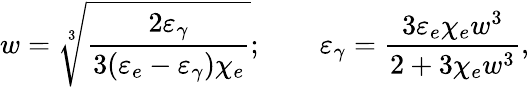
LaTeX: w=\sqrt[3]{\frac{2\varepsilon_{\gamma}}{3(\varepsilon_{e}-\varepsilon_{\gamma})\chi_{e}}};\qquad\varepsilon_{\gamma}=\frac{3\varepsilon_{e}\chi_{e}w^{3}}{2+3\chi_{e}w^{3}},